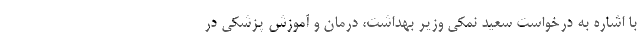
با اشاره به درخواست سعید نمکی وزیر بهداشت، درمان و آموزش پزشکی در